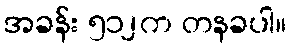
အခန်း ၅၁၂က တနခပါ။